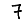
Digit: 7